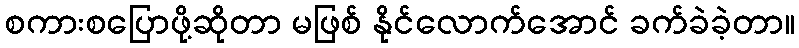
စကားစပြောဖို့ဆိုတာ မဖြစ် နိုင်လောက်အောင် ခက်ခဲခဲ့တာ။